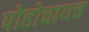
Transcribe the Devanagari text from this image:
पोहोचायच